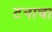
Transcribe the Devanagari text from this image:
टनाचा